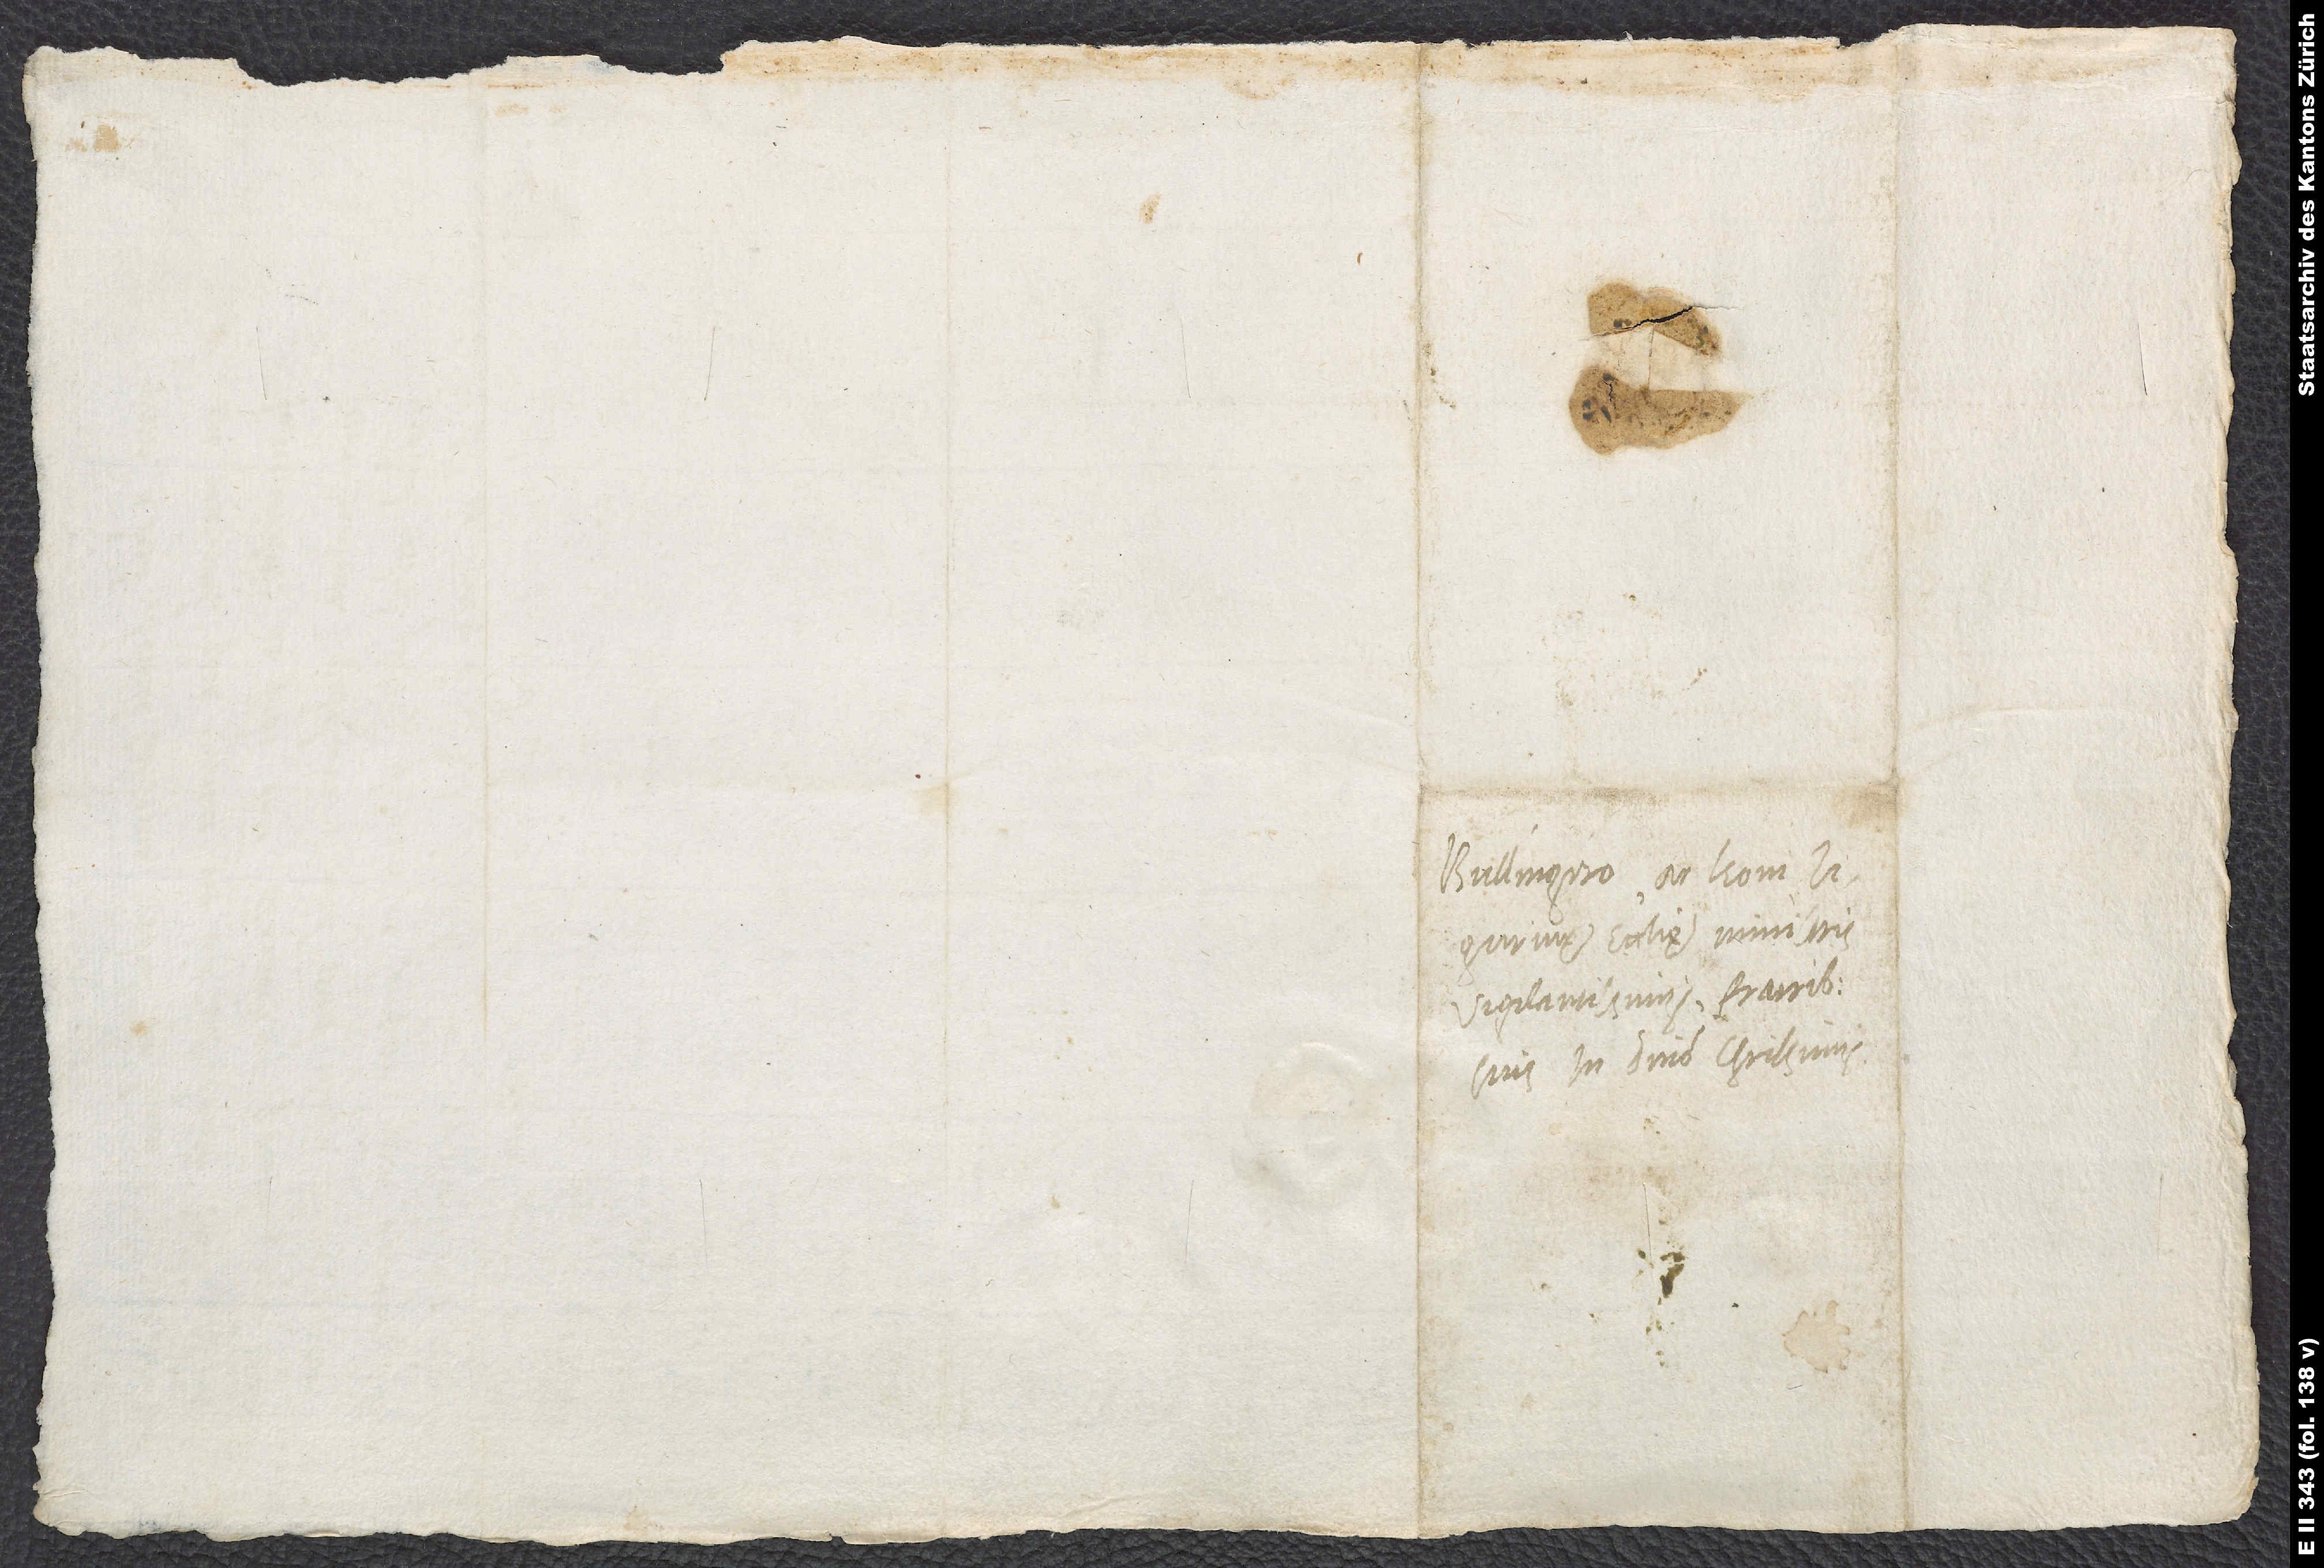
Bullingero ac Leoni,
Tigurinę ecclesię ministris
vigilantissimis, fratribus
suis in domino charissimis.